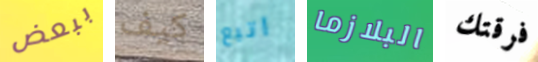
ببعض كيف اتبع البلازما فرقتك